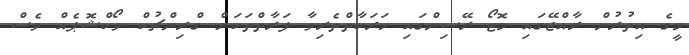
މީގެ އިތުރުން ރާއްޖޭގައި މޮޓޯ ރޭސިންގައި ހަރަކާތްތެރިވާ ފަރާތްތަކަށް ގްރިންޗުކް ވޯކްޝޮޕެއް ވެސް